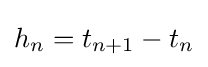
h_{n}=t_{n+1}-t_{n}